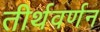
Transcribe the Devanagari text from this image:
तीर्थवर्णन